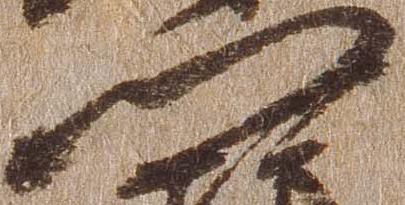
門